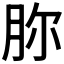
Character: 𣍨